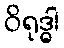
ဝိရုဒ္ဓါ